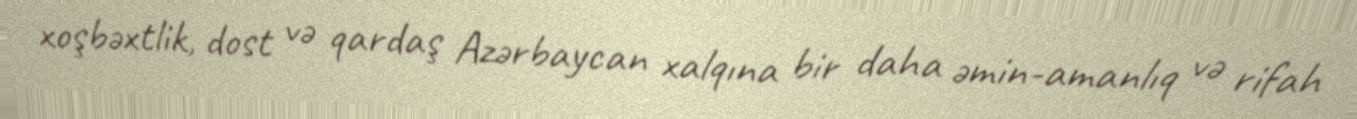
xoşbəxtlik, dost və qardaş Azərbaycan xalqına bir daha əmin-amanlıq və rifah